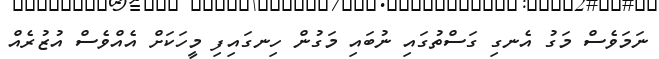
ނަމަވެސް މަގު އެނގި ގަސްތުގައި ނުބައި މަގުން ހިނގައިފި މީހަކަށް އެއްވެސް އުޒުރެއް